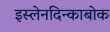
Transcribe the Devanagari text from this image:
इस्लेनदिन्काबोक